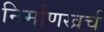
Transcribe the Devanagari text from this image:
निर्माणखर्च